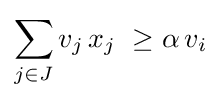
\sum _{j\in J}v_{j}\,x_{j}\ \geq \alpha \,v_{i}